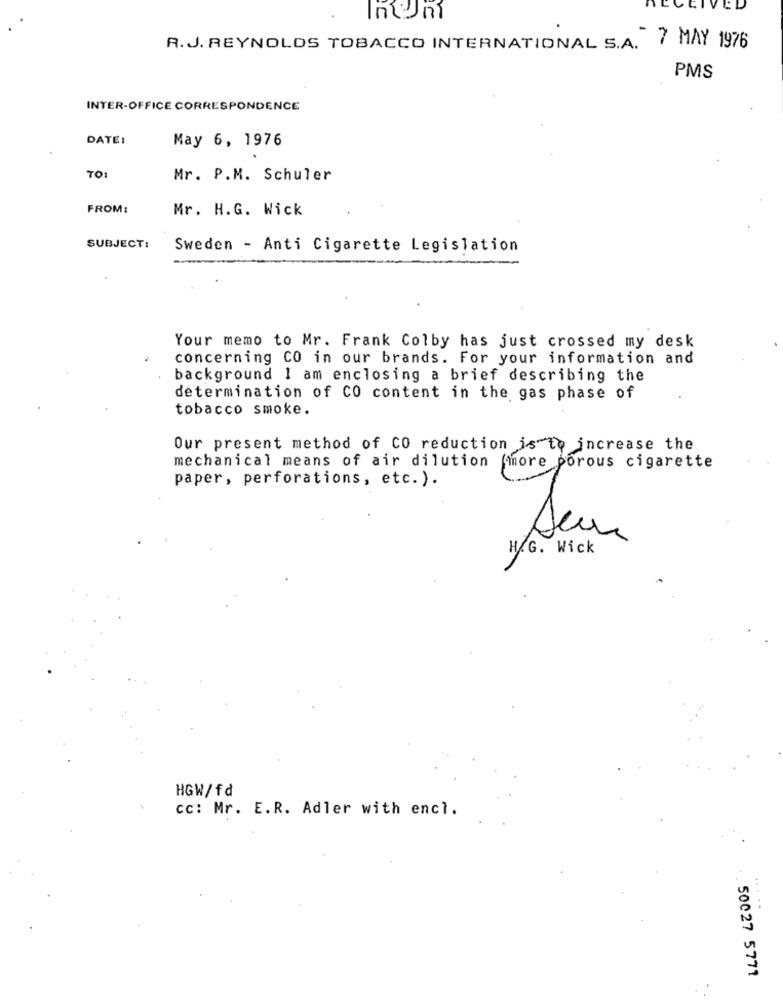
IVED
R.J. REYNOLDS TOBACCO INTERNATIONAL S.A. 7 MAY 1976
PMS
INTER-OFFICE CORRESPONDENCE
DATE:
May 6, 1976
TO
Mr. P.M. Schuler
FROM:
Mr. H.G. Wick
SUBJECT:
Sweden - Anti Cigarette Legislation
Your memo to Mr. Frank Colby has just crossed my desk
concerning CO in our brands. For your information and
background I am enclosing a brief describing the
determination of CO content in the gas phase of
tobacco smoke.
Our present method of CO reduction is to increase the
mechanical means of air dilution more porous cigarette
paper, perforations, etc. ).
more for
H.G. Wick
HGW/fd
cc: Mr. E.R. Adler with encl.
...
50027 5771